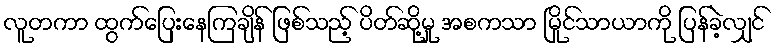
လူတကာ ထွက်ပြေးနေကြချိန် ဖြစ်သည့် ပိတ်ဆို့မှု အစကသာ မြိုင်သာယာကို ပြန်ခဲ့လျှင်